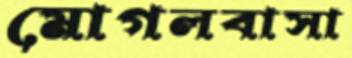
মোগলবাসা